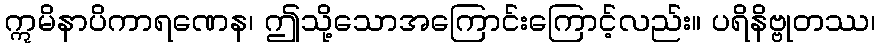
ဣမိနာပိကာရဏေန၊ ဤသို့သောအကြောင်းကြောင့်လည်း။ ပရိနိဗ္ဗုတဿ၊